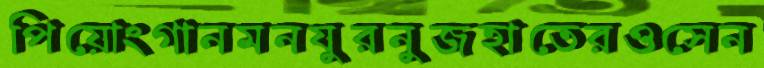
পিয়োংগানমনযুরনুজহাতেরওসেন